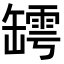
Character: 𦉏